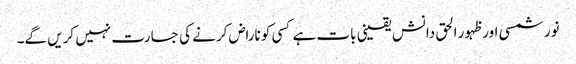
نور شمسی اور ظہور الحق دانش یقینی بات ہے کسی کو ناراض کرنے کی جسارت نہیں کریں گے۔